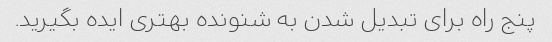
پنج راه برای تبدیل شدن به شنونده بهتری ایده بگیرید.